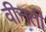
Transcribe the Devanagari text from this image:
वीनती